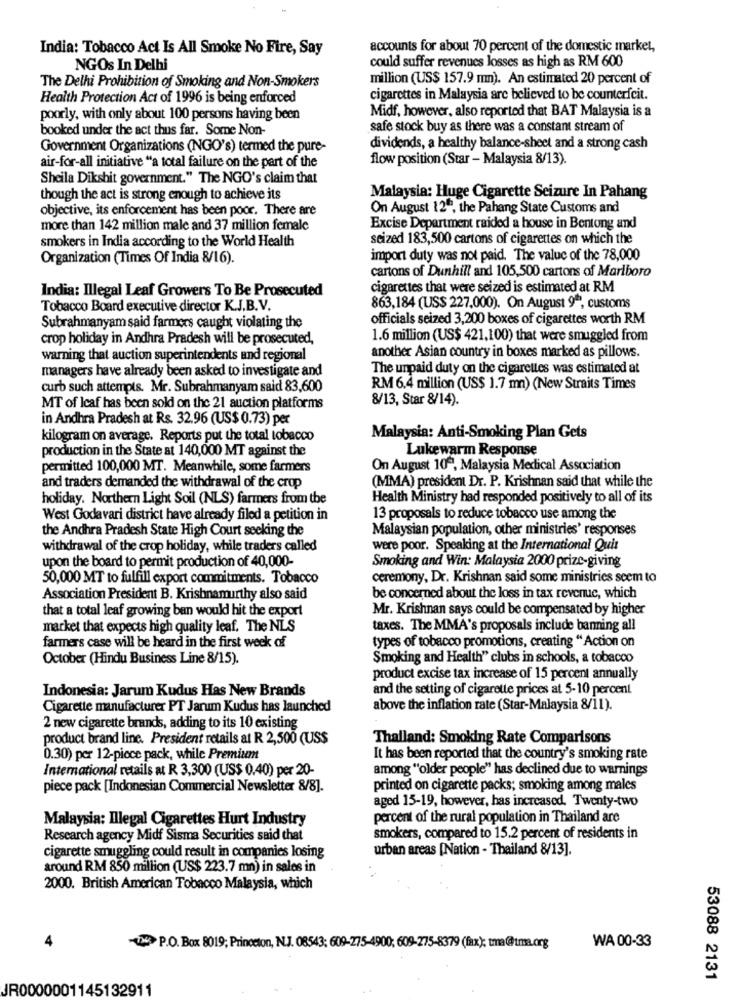
India: Tobacco Act Is All Smoke No Fire, Say
accounts for about 70 percent of the domestic market,
could suffer revenues losses as high as RM 600
NGOs In Delhi
The Delhi Prohibition of Smoking and Non-Smokers
million (US$ 157.9 mmn). An estimated 20 percent of
Health Protection Act of 1996 is being enforced
cigarettes in Malaysia are believed to be counterfeit.
Midf, however, also reported that BAT Malaysia is a
poorly, with only about 100 persons having been
booked under the act thus far. Some Non-
safe stock buy as there was a constant stream of
Government Organizations (NGO's) termed the pure-
dividends, a healthy balance-sheet and a strong cash
flow position (Star - Malaysia 8/13).
air-for-all initiative "a total failure on the part of the
Sheila Dikshit government." The NGO's claim that
though the act is strong enough to achieve its
Malaysia: Huge Cigarette Seizure In Pahang
objective, its enforcement has been poor. There are
On August 12º, the Pahang State Customs and
more than 142 million male and 37 million female
Excise Department raided a house in Bentong and
smokers in India according to the World Health
seized 183,500 cartons of cigarettes on which the
Organization (Times Of India 8/16).
import duty was not paid. The value of the 78,000
cartons of Dunhill and 105,500 cartons of Marlboro
India: Illegal Leaf Growers To Be Prosecuted
cigarettes that were seized is estimated at RM
Tobacco Board executive director K.J.B.V.
863,184 (US$ 227,000). On August 9", customs
officials seized 3,200 boxes of cigarettes worth RM
Subrahmanyam said farmers caught violating the
crop holiday in Andhra Pradesh will be prosecuted,
1.6 million (US$ 421,100) that were smuggled from
warning that auction superintendents and regional
another Asian country in boxes marked as pillows.
managers have already been asked to investigate and
The unpaid duty on the cigarettes was estimated at
curb such attempts. Mr. Subrahmanyam said 83,600
RM 6.4 million (US$ 1.7 mn) (New Straits Times
8/13, Star 8/14).
MT of Icaf has been sold on the 21 auction platforms
in Andhra Pradesh at Rs. 32.96 (US$ 0.73) per
kilogram on average. Reports put the total tobacco
Malaysia: Anti-Smoking Plan Gets
production in the State at 140,000 MT against the
Lukewarm Response
permitted 100,000 MT. Meanwhile, some farmers
On August 10º, Malaysia Medical Association
(MMA) president Dr. P. Krishnan said that while the
and traders demanded the withdrawal of the crop
holiday. Northern Light Soil (NLS) farmers from the
Health Ministry had responded positively to all of its
West Godavari district have already filed a petition in
13 proposals to reduce tobacco use among the
the Andhra Pradesh State High Court seeking the
Malaysian population, other ministries' responses
withdrawal of the crop holiday, while traders called
were poor. Speaking at the International Quit
upon the board to permit production of 40,000-
Smoking and Win: Malaysia 2000 prize-giving
50,000 MT to fulfill export commitments. Tobacco
ceremony, Dr. Krishnan said some ministries seem to
Association President B. Krishnamurthy also said
be concerned about the loss in tax revenue, which
that a total leaf growing ban would hit the export
Mr. Krishnan says could be compensated by higher
market that expects high quality leaf. The NLS
taxes. The MMA's proposals include banning all
types of tobacco promotions, creating " Action on
farmers case will be heard in the first week of
October (Hindu Business Line 8/15).
Smoking and Health" clubs in schools, a tobacco
product excise tax increase of 15 percent annually
Indonesia: Jarum Kudus Has New Brands
and the setting of cigarette prices at 5-10 percent
Cigarette manufacturer PT Jarum Kudus has launched
above the inflation rate (Star-Malaysia 8/11).
2 new cigarette brands, adding to its 10 existing
product brand line. President retails at R 2,500 (US$
Thailand: Smoking Rate Comparisons
0.30) per 12-piece pack, while Premium
It has been reported that the country's smoking rate
International retails at R 3,300 (US$ 0,40) per 20-
among "older people" has declined due to warnings
piece pack [Indonesian Commercial Newsletter 8/8].
printed on cigarette packs; smoking among males
aged 15-19, however, has increased. Twenty-two
Malaysia: Illegal Cigarettes Hurt Industry
percent of the rural population in Thailand are
Research agency Midf Sisma Securities said that
smokers, compared to 15.2 percent of residents in
cigarette smuggling could result in companies losing
urban areas [Nation - Thailand 8/13].
around RM 850 million (US$ 223.7 mn) in sales in
2000. British American Tobacco Malaysia, which
WA 00-33
UN P.O. Box 8019; Princeton, N.J. 08543; 609-275-4900; 609-275-8379 (fax); tma@tma.org
53088 2131
JR0000001145132911